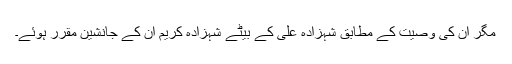
مگر ان کی وصیت کے مطابق شہزادہ علی کے بیٹے شہزادہ کریم ان کے جانشین مقرر ہوئے۔